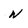
Character: n